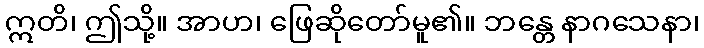
ဣတိ၊ ဤသို့။ အာဟ၊ ဖြေဆိုတော်မူ၏။ ဘန္တေ နာဂသေနာ၊